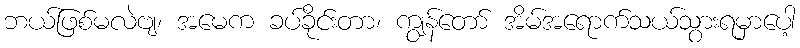
ဘယ်ဖြစ်မလဲဗျ၊ အမေက ခပ်ခိုင်းတာ၊ ကျွန်တော် အိမ်အရောက်သယ်သွားရမှာပေါ့